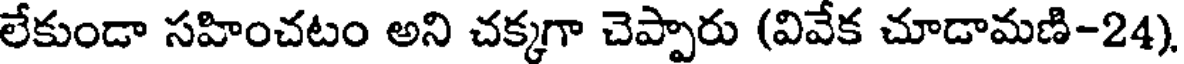
లేకుండా సహించటం అని చక్కగా చెప్పారు (వివేక చూడామణి-24)